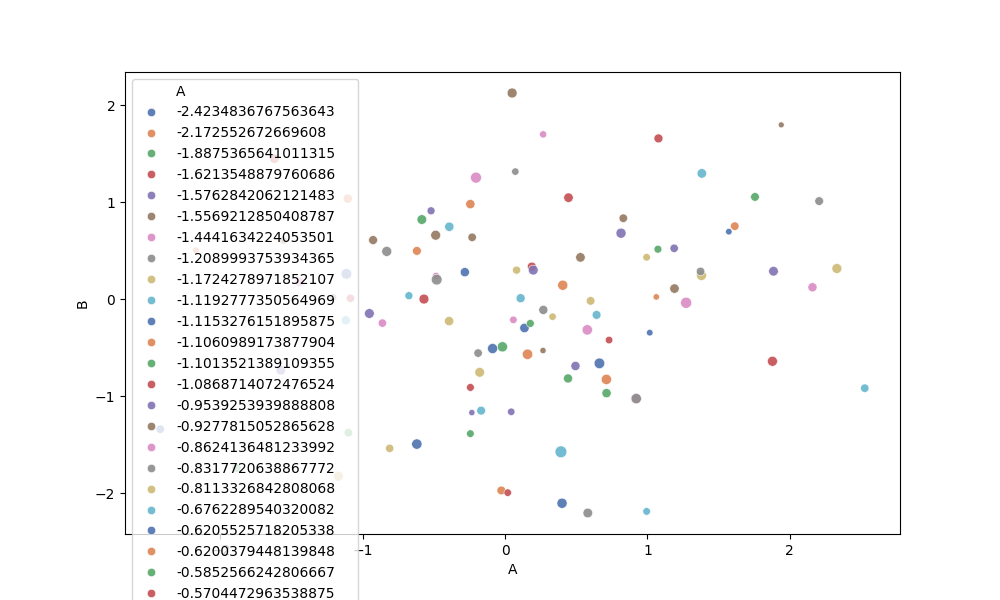
python, seaborn, scatterplot, hue='A', style='None', size='C', palette='deep', alpha=0.9